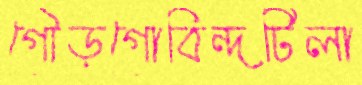
গৌড়গোবিন্দটিলা